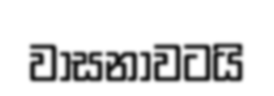
වාසනාවටයි